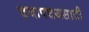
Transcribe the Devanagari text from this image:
चयापचयसाठी